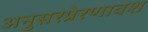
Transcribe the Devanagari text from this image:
अनुसरप्रेरणावश